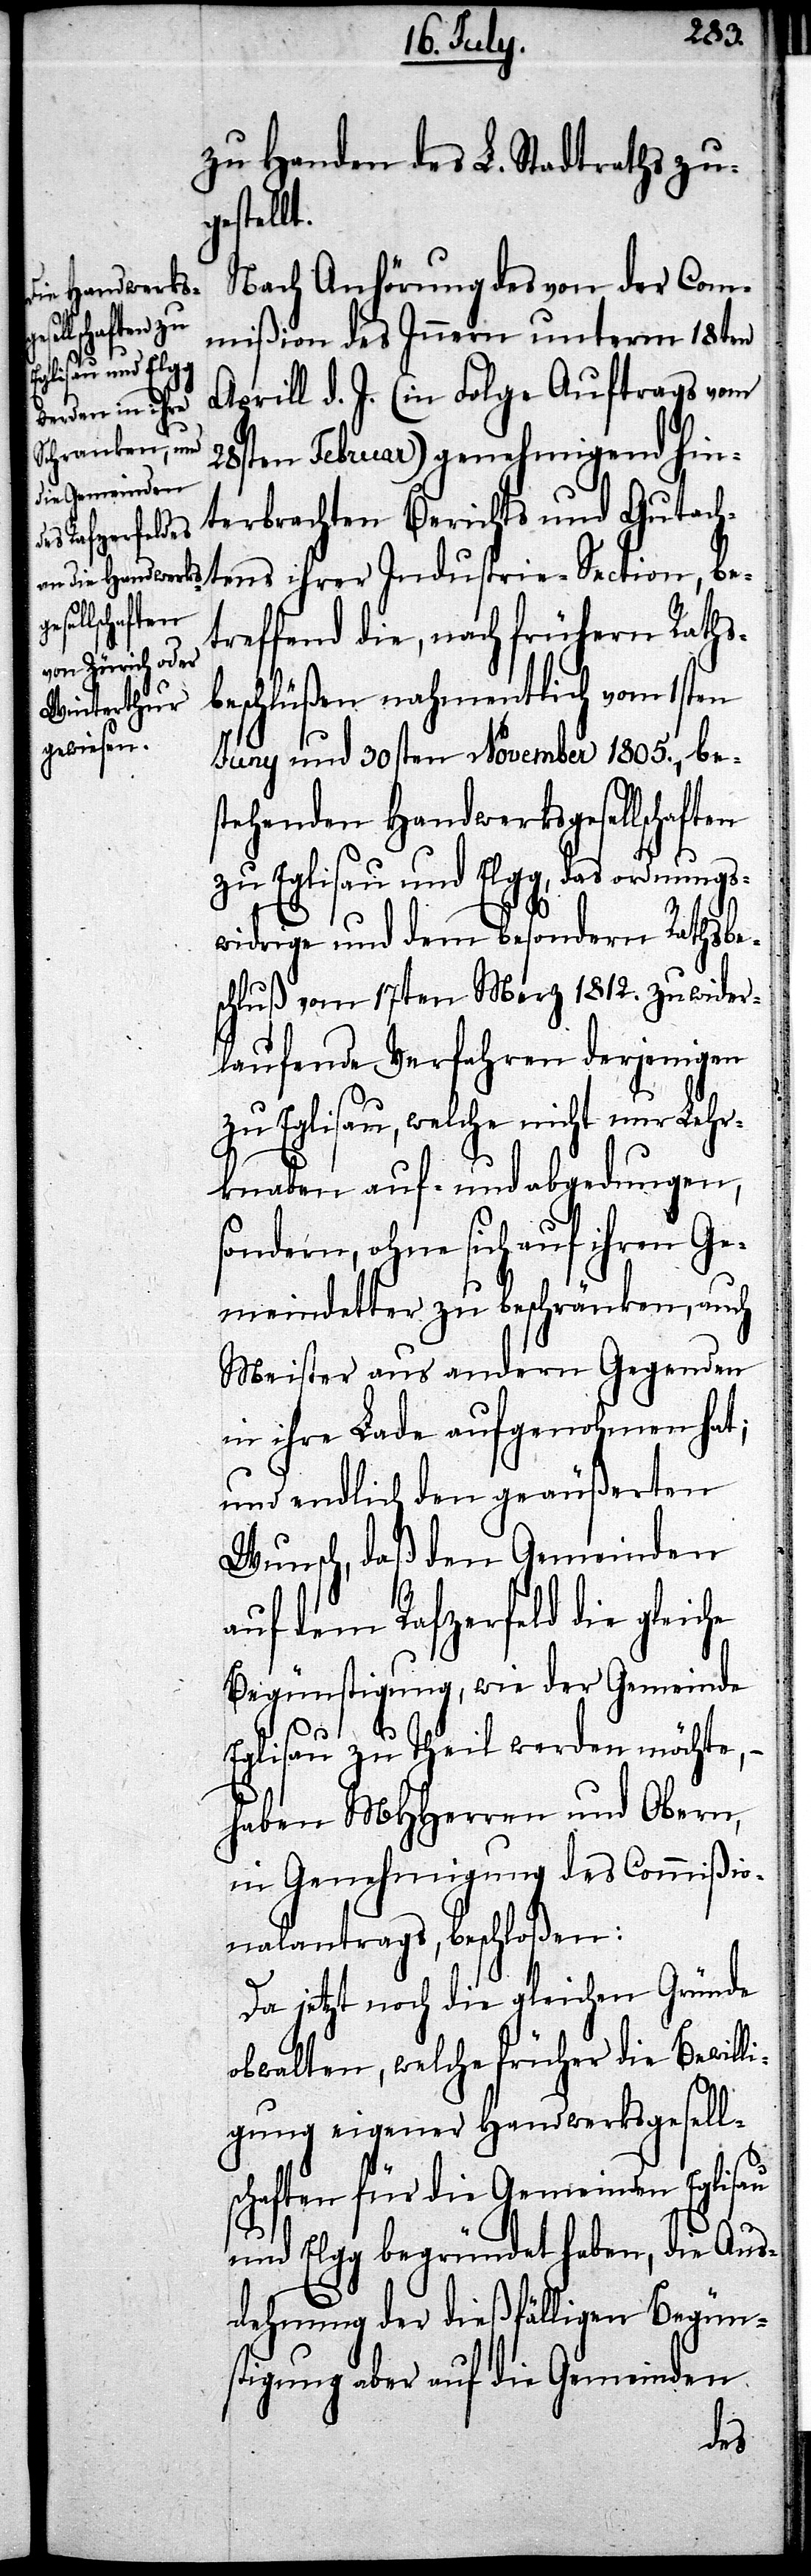
zu Handen des L. Stadtraths zug¬
estellt.
Nach Anhörung von der Com¬
mißion des Innern unterm 18ten
be¬
Aprill d. J. (in Folge Auftrags vom
28sten Februar) genehmigend hin¬
terbrachten Berichts und Gutacht¬
ens ihrer
treffend die, nach frühern Raths¬
beschlüßen nahmentlich vom 1sten
Juny und 30sten November 1805., be¬
stehenden Handwerksgesellschaften
zu Eglisau und Elgg, das ordnung¬
widrige und dem besondern Rathsbe¬
schluß vom 17ten Merz 1812. zuwider¬
laufende Verfahren derjenigen
zu Eglisau, welche nicht nur Lehr¬
knaben auf- und abgedungen,
sondern, ohne sich auf ihren Ge¬
meindetter zu beschränken, auch
Meister aus andern Gegenden
in ihre Lade aufgenohmen hat;
und endlich den geäußerten
Wunsch, daß den Gemeinden
auf dem Rafzerfeld die gleiche
Begünstigung, wie der Gemeinde
Eglisau zu Theil werden möchte,
haben MHHerren und Obern,
in Genehmigung des Commißio¬
nalantrags, beschloßen:
Da jetzt noch die gleichen Gründe
obwalten, welche früher die Bewilli¬
gung eigener Handwerksgesell¬
schaften für die Gemeinden Eglisau
und Elgg begründet haben, die Aus¬
dehnung der dießfälligen Begün¬
stigung aber auf die Gemeinden